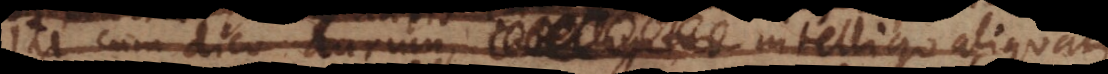
Ita cum dico aurum, intelligitur